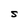
Character: S